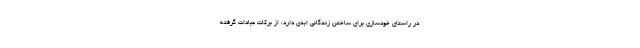
در راستای خودسازی برای ساختن زندگانی ابدی دارد، از برکات عبادات گرفته